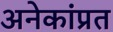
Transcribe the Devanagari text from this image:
अनेकांप्रत